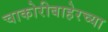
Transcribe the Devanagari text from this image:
चाकोरीबाहेरच्या